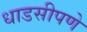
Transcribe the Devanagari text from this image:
धाडसीपणे